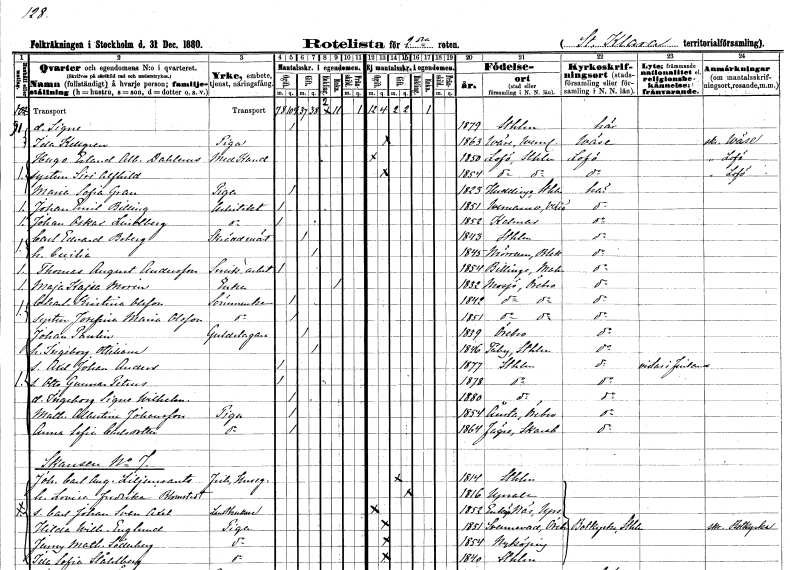
gt_parse: households: individuals: FN: Signe
KON: K
CIV: O
FODAR: 1879
FODFORS: Stockholm
FN: Ida
EN: Kellgren
YRKE: Piga
KON: K
CIV: O
FODAR: 1863
FODFORS: Väse Värmlands län
FN: Hugo Erland Alb.
EN: Dahlerus
YRKE: Medicine kandidat
KON: M
CIV: O
FODAR: 1850
FODFORS: Lovö Stockholms län
FN: Siri Alfhild
KON: K
CIV: O
FODAR: 1854
FODFORS: Lovö Stockholms län
FN: Maria Sofia
EN: Gran
YRKE: Piga
KON: K
CIV: O
FODAR: 1823
FODFORS: Huddinge Stockholms län
FN: Johan Emil
EN: Billing
YRKE: Arkitekt
KON: M
CIV: O
FODAR: 1851
FODFORS: Värnamo Jönköpings län
FN: Johan Oskar
EN: Lindberg
YRKE: Arkitekt
KON: M
CIV: O
FODAR: 1852
FODFORS: Kalmar Kalmar län
FN: Carl Edvard
EN: Boberg
YRKE: Skräddarmästare
KON: M
CIV: G
FODAR: 1843
FODFORS: Stockholm
FN: Cecilia
KON: K
CIV: G
FODAR: 1845
FODFORS: Mörrum Blekinge län
FN: Thomas August
EN: Andersson
YRKE: Snickeriarbetare
KON: M
CIV: O
FODAR: 1854
FODFORS: Billinge Malmöhus län
FN: Maja Kajsa
EN: Morin
YRKE: Änka
KON: K
CIV: E
FODAR: 1832
FODFORS: Mosjö Örebro län
FN: Charlotta Kristina
EN: Olsson
YRKE: Sömmerska
KON: K
CIV: O
FODAR: 1842
FODFORS: Mosjö Örebro län
FN: Josefina Maria
EN: Olsson
YRKE: Sömmerska
KON: K
CIV: O
FODAR: 1851
FODFORS: Mosjö Örebro län
FN: Johan
EN: Paulin
YRKE: Guldslagare
KON: M
CIV: G
FODAR: 1839
FODFORS: Örebro Örebro län
FN: Ingeborg Ottiliana
KON: K
CIV: G
FODAR: 1846
FODFORS: Täby Stockholms län
FN: Axel Johan Anders
KON: M
CIV: O
FODAR: 1877
FODFORS: Stockholm
FN: Otto Gunnar Petrus
KON: M
CIV: O
FODAR: 1878
FODFORS: Stockholm
FN: Ingeborg Signe Wilhelmina
KON: K
CIV: O
FODAR: 1880
FODFORS: Stockholm
FN: Mathilda Albertina
EN: Johansson
YRKE: Piga
KON: K
CIV: O
FODAR: 1854
FODFORS: Ånsta Örebro län
FN: Anna Sofia
EN: Carlsdotter
YRKE: Piga
KON: K
CIV: O
FODAR: 1864
FODFORS: Fägre Skaraborgs län